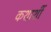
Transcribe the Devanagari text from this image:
कशाशीं